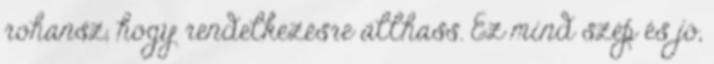
rohansz, hogy rendelkezésre állhass. Ez mind szép és jó,